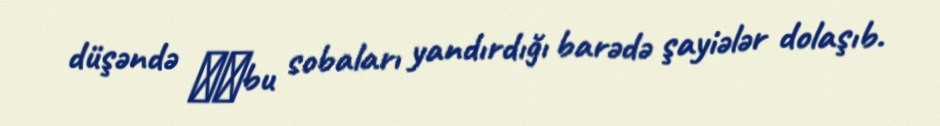
düşəndə ​​bu sobaları yandırdığı barədə şayiələr dolaşıb.